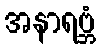
အနာရဗ္ဘံ